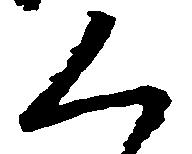
く